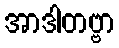
အာဒါတဗ္ဗာ